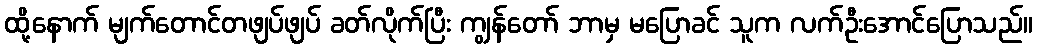
ထို့နောက် မျက်တောင်တဖျပ်ဖျပ် ခတ်လိုက်ပြီး ကျွန်တော် ဘာမှ မပြောခင် သူက လက်ဦးအောင်ပြောသည်။